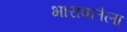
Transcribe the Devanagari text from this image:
भारावलेला